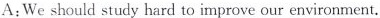
A:We should study hard to improve our environment.